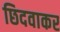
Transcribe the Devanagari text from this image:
छिदवाकर